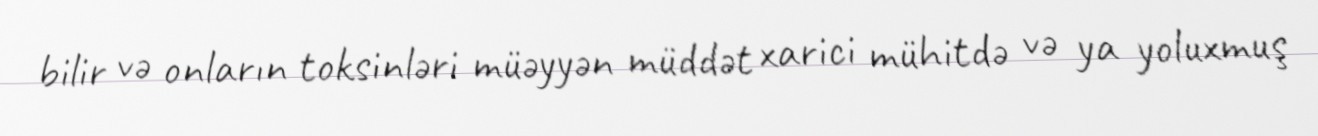
bilir və onların toksinləri müəyyən müddət xarici mühitdə və ya yoluxmuş